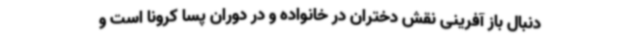
دنبال باز آفرینی نقش دختران در خانواده و در دوران پسا کرونا است و